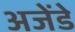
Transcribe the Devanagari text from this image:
अजेंडे